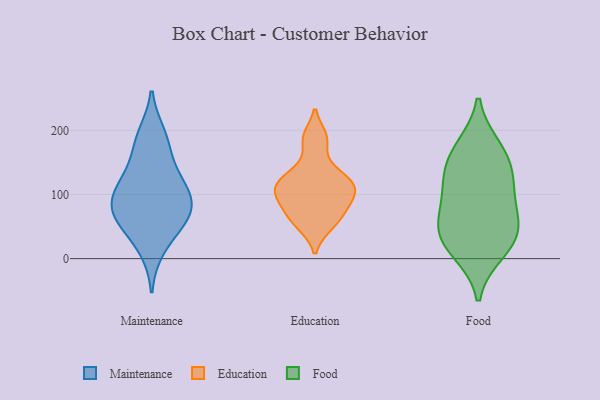
{"axis": {"x": "Bounce Rate (%)", "y": "Value"}, "legend": ["Education", "Food", "Maintenance"], "data": [{"x": "", "y": 119, "type": "Maintenance"}, {"x": "", "y": 15, "type": "Maintenance"}, {"x": "", "y": 64, "type": "Maintenance"}, {"x": "", "y": 60, "type": "Maintenance"}, {"x": "", "y": 86, "type": "Maintenance"}, {"x": "", "y": 182, "type": "Maintenance"}, {"x": "", "y": 193, "type": "Maintenance"}, {"x": "", "y": 146, "type": "Maintenance"}, {"x": "", "y": 79, "type": "Maintenance"}, {"x": "", "y": 102, "type": "Maintenance"}, {"x": "", "y": 109, "type": "Maintenance"}, {"x": "", "y": 55, "type": "Maintenance"}, {"x": "", "y": 142, "type": "Education"}, {"x": "", "y": 115, "type": "Education"}, {"x": "", "y": 186, "type": "Education"}, {"x": "", "y": 189, "type": "Education"}, {"x": "", "y": 52, "type": "Education"}, {"x": "", "y": 128, "type": "Education"}, {"x": "", "y": 54, "type": "Education"}, {"x": "", "y": 116, "type": "Education"}, {"x": "", "y": 81, "type": "Education"}, {"x": "", "y": 114, "type": "Education"}, {"x": "", "y": 69, "type": "Education"}, {"x": "", "y": 86, "type": "Education"}, {"x": "", "y": 100, "type": "Education"}, {"x": "", "y": 104, "type": "Education"}, {"x": "", "y": 53, "type": "Food"}, {"x": "", "y": 126, "type": "Food"}, {"x": "", "y": 28, "type": "Food"}, {"x": "", "y": 66, "type": "Food"}, {"x": "", "y": 96, "type": "Food"}, {"x": "", "y": 12, "type": "Food"}, {"x": "", "y": 164, "type": "Food"}, {"x": "", "y": 172, "type": "Food"}, {"x": "", "y": 128, "type": "Food"}, {"x": "", "y": 34, "type": "Food"}]}